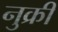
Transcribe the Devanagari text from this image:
नुक्री